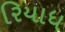
રિયાધ